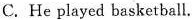
C. He played basketball.